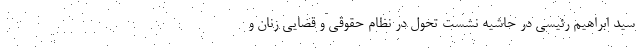
سید ابراهیم رئیسی در حاشیه نشست تحول در نظام حقوقی و قضایی زنان و